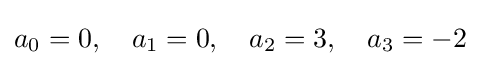
a_{0}=0,\quad a_{1}=0,\quad a_{2}=3,\quad a_{3}=-2